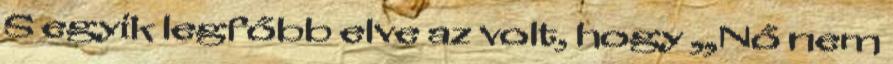
S egyik legfőbb elve az volt, hogy „Nő nem